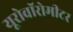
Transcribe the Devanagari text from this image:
यूरोवॉरोमीटर